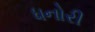
ધનોરી